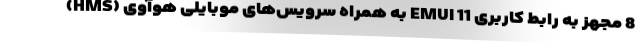
8 مجهز به رابط کاربری EMUI 11 به همراه سرویس‌های موبایلی هوآوی (HMS)